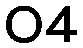
04